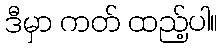
ဒီမှာ ကတ် ထည့်ပါ။